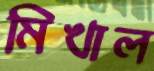
মিখাল